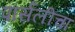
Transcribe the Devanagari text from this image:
पार्सलीचा